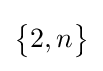
{\begin{Bmatrix}2,n\end{Bmatrix}}